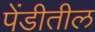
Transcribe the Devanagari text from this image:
पेंडीतील